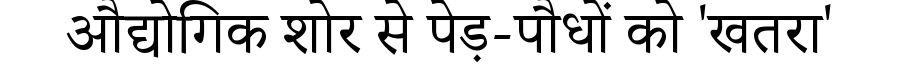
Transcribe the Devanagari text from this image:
औद्योगिक शोर से पेड़-पौधों को 'खतरा'